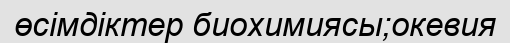
өсімдіктер биохимиясы;окевия